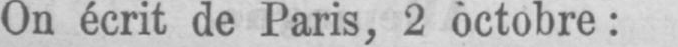
On écrit de Paris, 2 octobre: